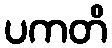
ပကတိ